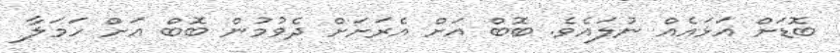
ބޮޑަށް އަޅައެއް ނުލައެވެ. ބޮބް އަށް އެރަށަށް ދެވުމުން ބޮބް އަށް ހަމަލާ